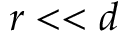
r < < d